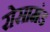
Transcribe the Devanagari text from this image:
रोसामंड